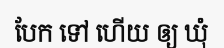
បែក ទៅ ហើយ ឲ្យ ឃុំ